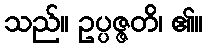
သည်။ ဥပ္ပဇ္ဇတိ၊ ၏။